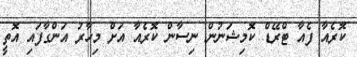
ކޮރެއާ ފެއާ ޓްރޭޑް ކޮމިޝަނުން ނިސާން ކޮރެއާ އަށް މިހާރު އަންގާފައި އޮތީ